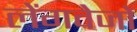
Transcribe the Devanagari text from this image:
लेंगवेजों